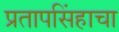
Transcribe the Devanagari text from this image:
प्रतापसिंहाचा